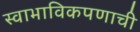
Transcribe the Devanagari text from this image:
स्वाभाविकपणाची